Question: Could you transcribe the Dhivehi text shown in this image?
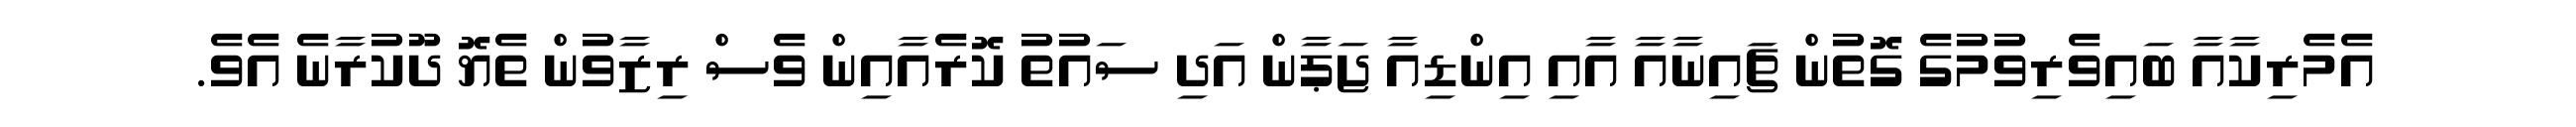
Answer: އެމެރިކާއާ ބައިވެރިވުމުގެ ގޮތުން ޗައިނާއާ އާއި އިންޑިއާ ޖަޕާން އަދި ސައުތު ކޮރެއާއިން ވެސް ރިޒާވުން ތެޔޮ ދޫކުރާނެ އެވެ.